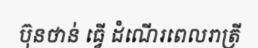
ប៊ុនថាន់ ធ្វើ ដំណើរពេលរាត្រី